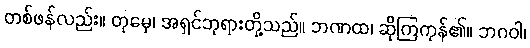
တစ်ဖန်လည်း။ တုမှေ၊ အရှင်ဘုရားတို့သည်။ ဘဏထ၊ ဆိုကြကုန်၏။ ဘဂဝါ၊